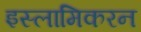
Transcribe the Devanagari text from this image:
इस्लामिकरन